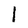
Character: 1